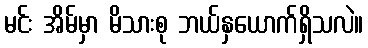
မင်း အိမ်မှာ မိသားစု ဘယ်နှယောက်ရှိသလဲ။